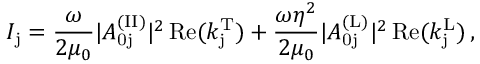
I _ { \mathrm { j } } = \frac { \omega } { 2 \mu _ { 0 } } | A _ { \mathrm { 0 j } } ^ { \mathrm { ( I I ) } } | ^ { 2 } \, \mathrm { R e } ( k _ { \mathrm { j } } ^ { \mathrm { T } } ) + \frac { \omega \eta ^ { 2 } } { 2 \mu _ { 0 } } | A _ { \mathrm { 0 j } } ^ { \mathrm { ( L ) } } | ^ { 2 } \, \mathrm { R e } ( k _ { \mathrm { j } } ^ { \mathrm { L } } ) \, ,